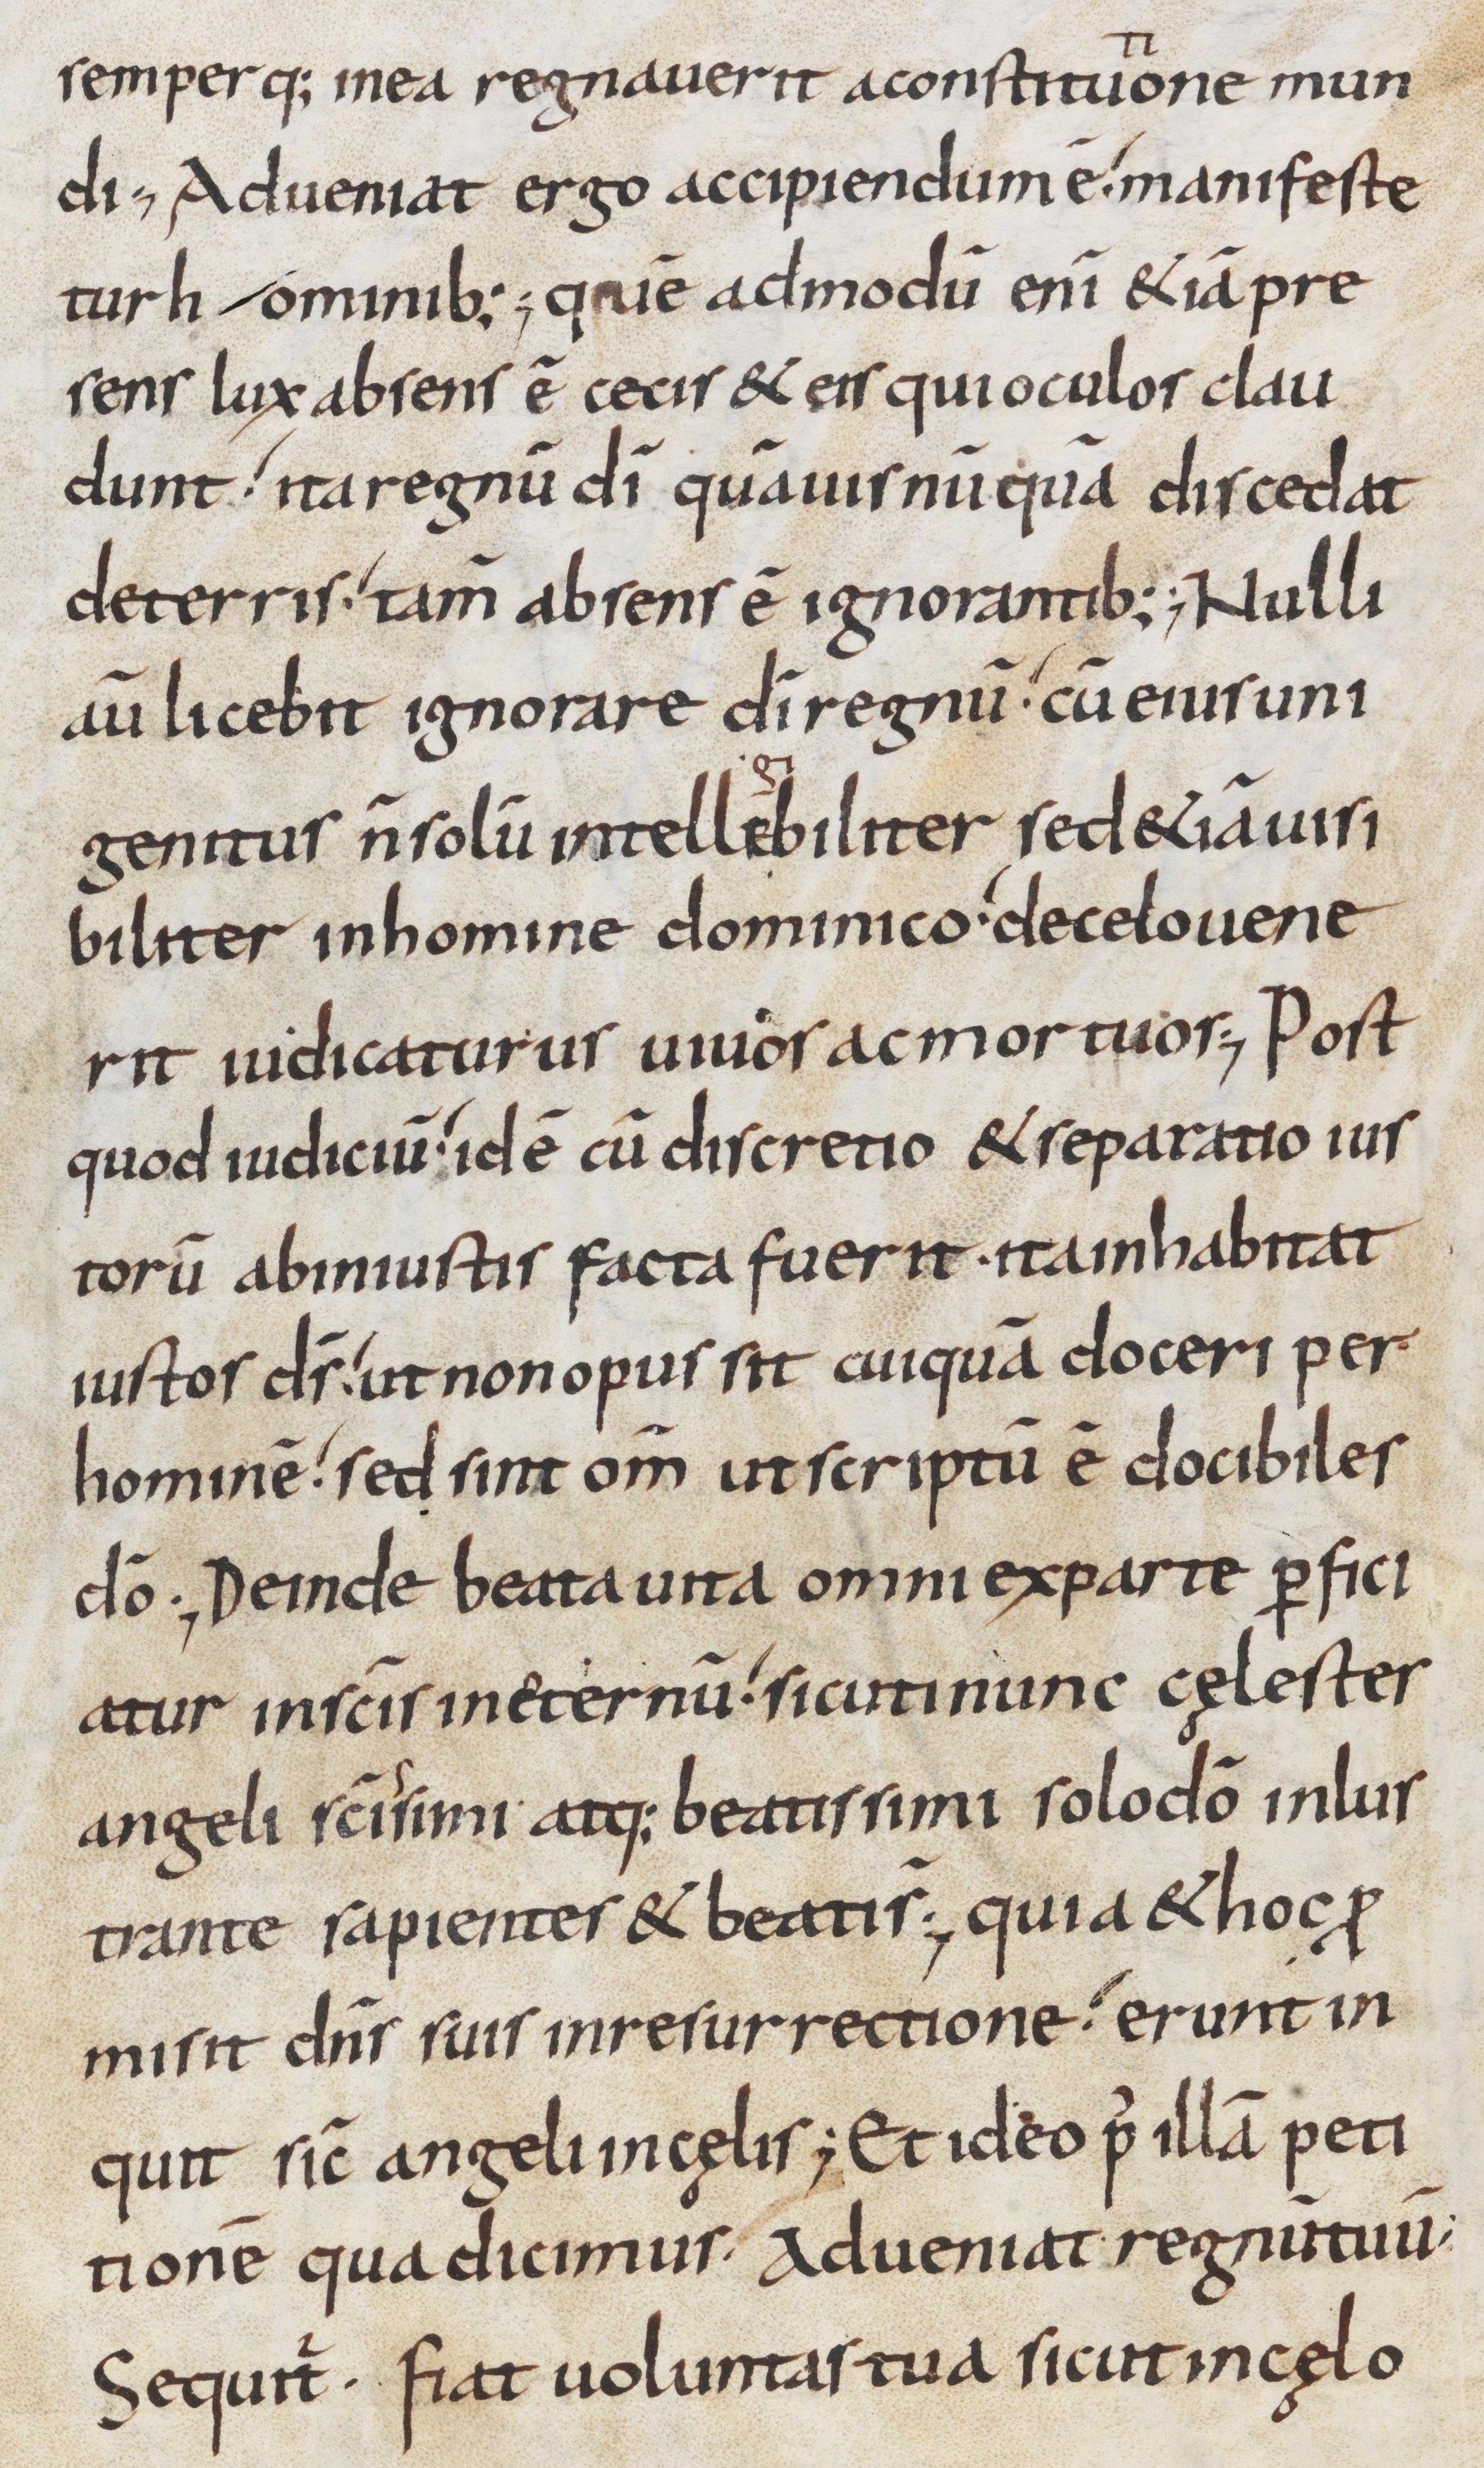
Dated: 800–899